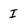
Character: I